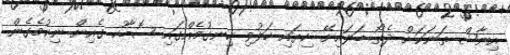
އިނާޝް ތަނަކަށް ދެތޯ ބަލައިށޭ ކިޔައި ހަލުވި ހިނގުމެއްގައި ސޮބާހު ގެއިން ނިކުމެގެން